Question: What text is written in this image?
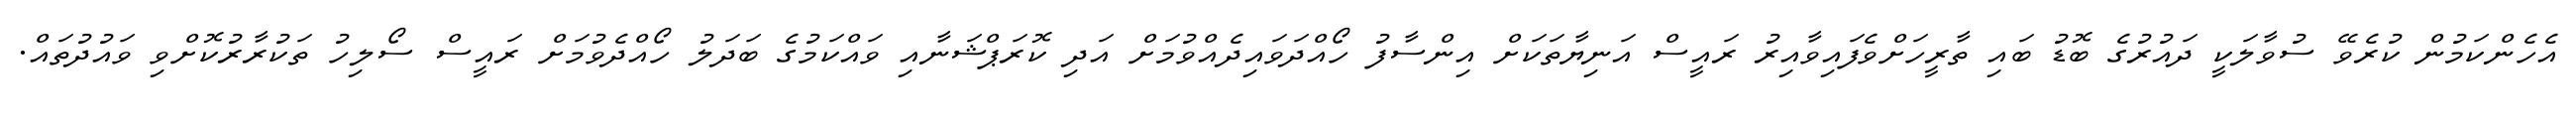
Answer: އެހެންކަމުން ކުރެވޭ ސުވާލަކީ ދައުރުގެ ބޮޑު ބައި ތާރީހަށްވެފައިވާއިރު ރައީސް އަނިޔާތަކަށް އިންސާފު ހޯއްދަވައިދެއްވުމަށް އަދި ކޮރަޕްޝަނާއި ވައްކަމުގެ ބަދަލު ހޯއްދެވުމަށް ރައީސް ސޯލިހު ތަކުރާރުކޮށްވި ވައުދުތައް.